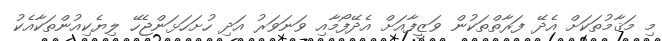
މި މަޤާމުތަކަށް އެދޭ ފަރާތްތަކުން ވަޒީފާއަށް އެދޭފޯމާއި ވަނަވަރު އަދި ހުށަހަޅަންޖެހޭ ލިޔެކިއުންތަކާއެކު